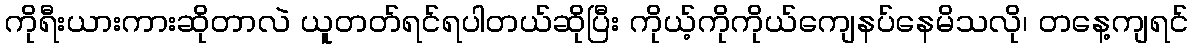
ကိုရီးယားကားဆိုတာလဲ ယူတတ်ရင်ရပါတယ်ဆိုပြီး ကိုယ့်ကိုကိုယ်ကျေနပ်နေမိသလို၊ တနေ့ကျရင်